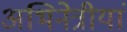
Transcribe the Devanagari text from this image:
अभिनेत्रीयां